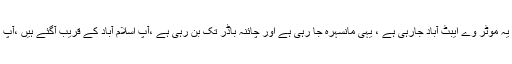
میں آپ کو بتانا چاہتاہوں کہ اب ہری پور سے اسلام آباد کا سفر آدھا ہو گیاہے اور ابھی یہ موٹر وے ایبٹ آباد جارہی ہے ، یہی مانسہرہ جا رہی ہے اور چائنہ باڈر تک بن رہی ہے ،آپ اسلام آباد کے قریب آگئے ہیں ،آپ لاہور کے قریب آ گئے ہیں ،لاہور سے آگے کراچی تک چھ لین موٹر وے بن رہی ہے۔